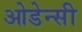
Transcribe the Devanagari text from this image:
ओडेन्सी